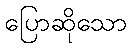
ပြောဆိုသော